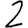
Digit: 2